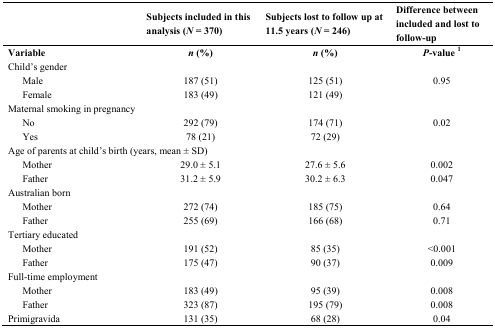
<table><thead><tr><td colspan="2"></td><td><b>Subjects included in this analysis (<i>N</i> = 370)</b></td><td><b>Subjects lost to follow up at 11.5 years (<i>N</i> = 246)</b></td><td><b>Difference between included and lost to follow-up</b></td></tr></thead><tbody><tr><td colspan="2"><b>Variable</b></td><td><b><i>n</i> (%)</b></td><td><b><i>n</i> (%)</b></td><td><b><i>P</i>-value <sup>1</sup></b></td></tr><tr><td colspan="2">Child’s gender</td><td></td><td></td><td></td></tr><tr><td> </td><td>Male</td><td>187 (51)</td><td>125 (51)</td><td>0.95</td></tr><tr><td> </td><td>Female</td><td>183 (49)</td><td>121 (49)</td><td></td></tr><tr><td colspan="2">Maternal smoking in pregnancy</td><td></td><td></td><td></td></tr><tr><td> </td><td>No</td><td>292 (79)</td><td>174 (71)</td><td>0.02</td></tr><tr><td> </td><td>Yes</td><td>78 (21)</td><td>72 (29)</td><td></td></tr><tr><td colspan="3">Age of parents at child’s birth (years, mean ± SD)</td><td></td><td></td></tr><tr><td> </td><td>Mother</td><td>29.0 ± 5.1</td><td>27.6 ± 5.6</td><td>0.002</td></tr><tr><td> </td><td>Father</td><td>31.2 ± 5.9</td><td>30.2 ± 6.3</td><td>0.047</td></tr><tr><td colspan="2">Australian born</td><td></td><td></td><td></td></tr><tr><td> </td><td>Mother</td><td>272 (74)</td><td>185 (75)</td><td>0.64</td></tr><tr><td> </td><td>Father</td><td>255 (69)</td><td>166 (68)</td><td>0.71</td></tr><tr><td colspan="2">Tertiary educated</td><td></td><td></td><td></td></tr><tr><td> </td><td>Mother</td><td>191 (52)</td><td>85 (35)</td><td>&lt;0.001</td></tr><tr><td> </td><td>Father</td><td>175 (47)</td><td>90 (37)</td><td>0.009</td></tr><tr><td colspan="2">Full-time employment</td><td></td><td></td><td></td></tr><tr><td> </td><td>Mother</td><td>183 (49)</td><td>95 (39)</td><td>0.008</td></tr><tr><td> </td><td>Father</td><td>323 (87)</td><td>195 (79)</td><td>0.008</td></tr><tr><td colspan="2">Primigravida</td><td>131 (35)</td><td>68 (28)</td><td>0.04</td></tr></tbody></table>